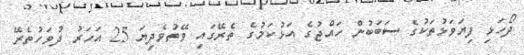
ދޯހަޅި ފިޔަވަޅުތަކުގެ ސަބަބުން ހައްޖުގެ އަޅުކަމުގެ ތެރޭގައި ވޭތުވެދިޔަ 25 އަހަރު ދުވަހުތެރޭ